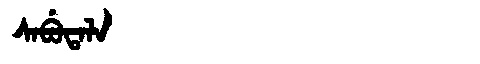
Manchu: ᠰᠠᠪᡠᡨᠠᠯᠠ
Romanization: SABUTALA